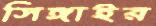
সিঙ্গাইর